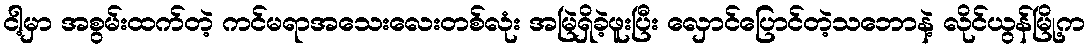
ငါ့မှာ အစွမ်းထက်တဲ့ ကင်မရာအသေးလေးတစ်လုံး အမြဲရှိခဲ့ဖူးပြီး လှောင်ပြောင်တဲ့သဘောနဲ့ လိုင်ယွန်မြို့က